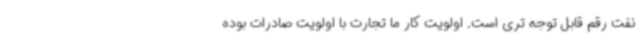
نفت رقم قابل توجه تری است. اولویت کار ما تجارت با اولویت صادرات بوده